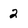
Character: 2